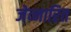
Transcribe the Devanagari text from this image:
जेव्नारित